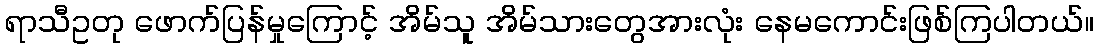
ရာသီဥတု ဖောက်ပြန်မှုကြောင့် အိမ်သူ အိမ်သားတွေအားလုံး နေမကောင်းဖြစ်ကြပါတယ်။